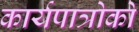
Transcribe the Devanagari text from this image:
कार्यपात्रोको